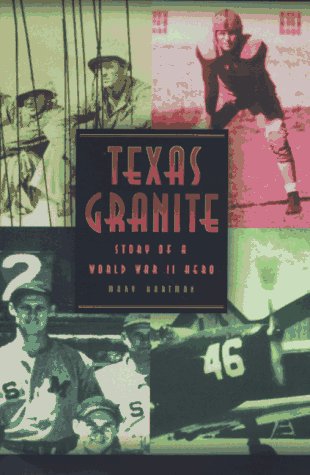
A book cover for Texas Granite: Story of a World War II Hero; Mary Hartman; Teen & Young Adult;